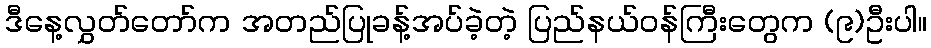
ဒီနေ့လွှတ်တော်က အတည်ပြုခန့်အပ်ခဲ့တဲ့ ပြည်နယ်ဝန်ကြီးတွေက (၉)ဦးပါ။